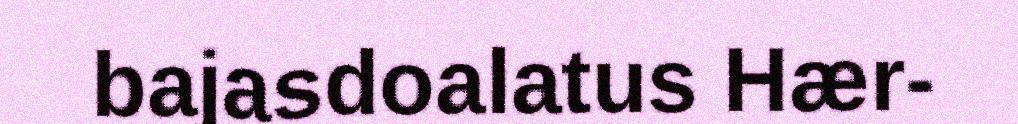
bajasdoalatus Hær-